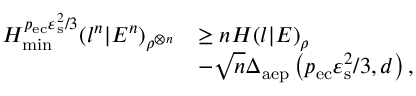
\begin{array} { r l } { H _ { \mathrm { m i n } } ^ { p _ { \mathrm { e c } } \varepsilon _ { \mathrm { s } } ^ { 2 } / 3 } ( l ^ { n } | E ^ { n } ) _ { \rho ^ { \otimes n } } } & { \geq n H ( l | E ) _ { \rho } } \\ & { - \sqrt { n } \Delta _ { \mathrm { a e p } } \left( p _ { \mathrm { e c } } \varepsilon _ { \mathrm { s } } ^ { 2 } / 3 , d \right) , } \end{array}